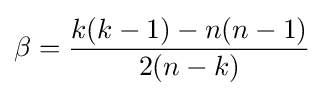
\beta ={\frac {k(k-1)-n(n-1)}{2(n-k)}}